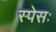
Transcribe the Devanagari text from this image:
स्पेसः